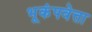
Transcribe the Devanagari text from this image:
भूकंपवेत्ता